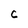
Character: C